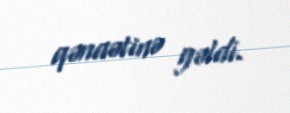
qənaətinə gəldi.